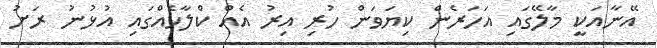
އޭނާއަކީ މާލޭގައި އަހަރެން ކިޔަވަން ހުރި އިރު އެއް ކްލާހެއްގައި އުޅުނު ރަށު